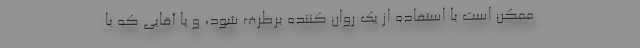
ممکن است با استفاده از یک روان کننده برطرف شود، و یا آقایی که با